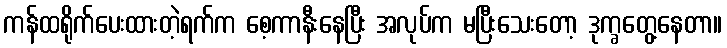
ကန်ထရိုက်ပေးထားတဲ့ရက်က စေ့ကာနီးနေပြီး အလုပ်က မပြီးသေးတော့ ဒုက္ခတွေ့နေတာ။